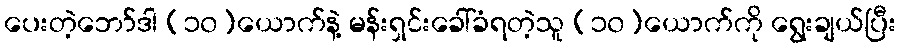
ပေးတဲ့ဘော်ဒါ (၁၀)ယောက်နဲ့ မန်းရှင်းခေါ်ခံရတဲ့သူ (၁၀)ယောက်ကို ရွေးချယ်ပြီး